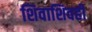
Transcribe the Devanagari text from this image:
शिवाशिवही